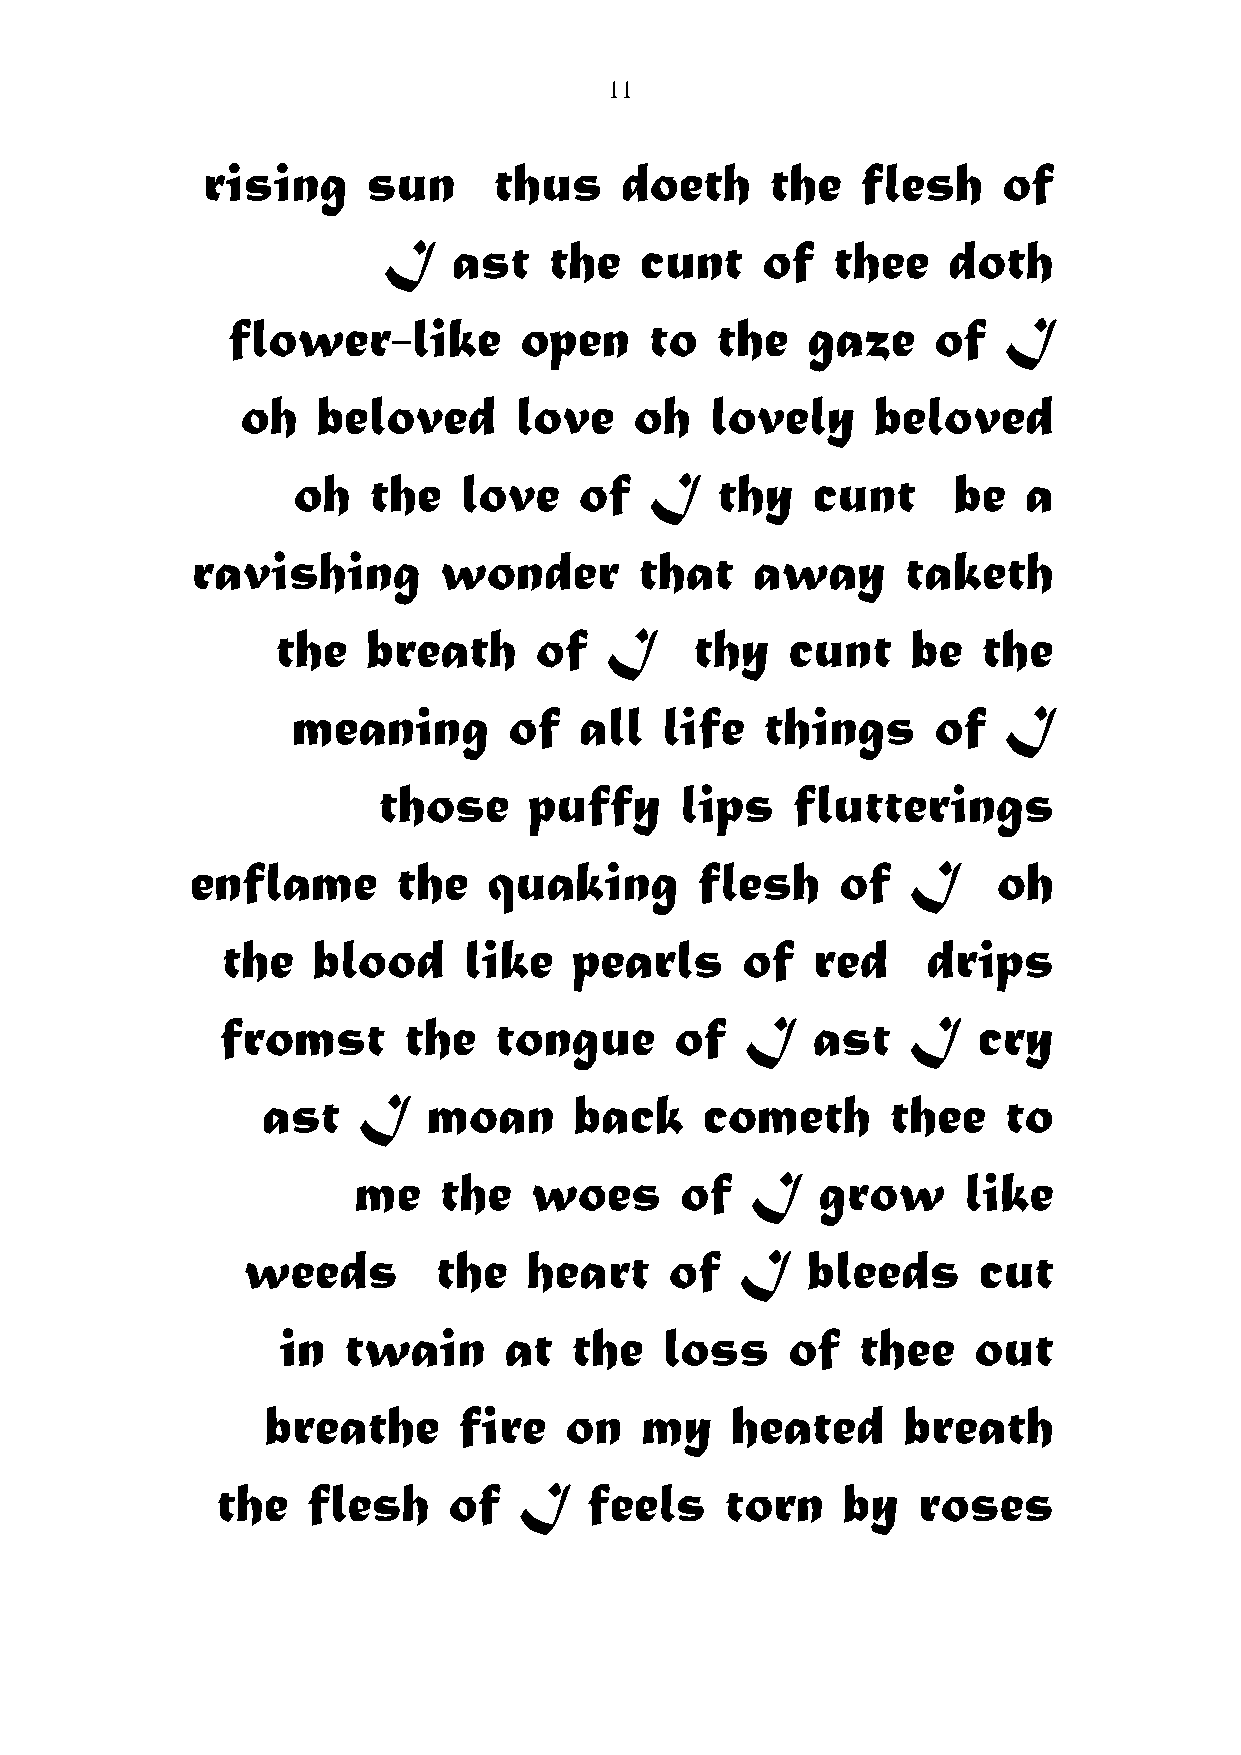
11
 rising     sun      thus    doeth     the   flesh    of
 I    ast   the   cunt    of   thee    doth
 flower-like        open     to  the   gaze     of  I
 oh   beloved      love    oh   lovely     beloved
 oh   the   love    of   I   thy    cunt     be   a
 ravishing       wonder       that    away      taketh
 the   breath     of   I     thy   cunt    be   the
 meaning        of  all   life   things     of  I
 those     puffy     lips   flutterings
 enflame      the   quaking       flesh     of  I     oh
 the   blood     like   pearls     of   red    drips
 fromst      the   tongue      of  I    ast   I    cry
 ast    I   moan      back     cometh      thee   to
 me    the   woes      of   I   grow      like
 weeds        the   heart    of   I   bleeds      cut
 in   twain     at   the   loss    of   thee   out
 breathe     fire   on   my    heated      breath
 the   flesh     of  I    feels    torn    by   roses